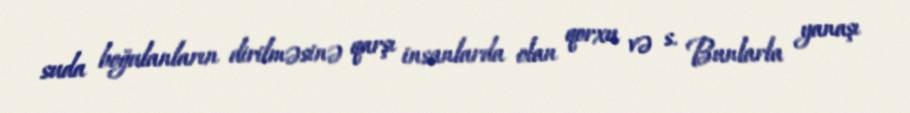
suda boğulanların dirilməsinə qarşı insanlarda olan qorxu və s. Bunlarla yanaşı